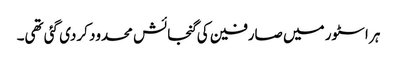
ہر اسٹور میں صارفین کی گنجائش محدود کردی گئی تھی۔